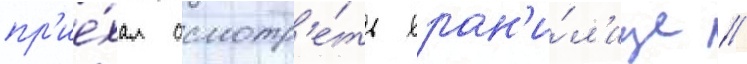
пр'ие́хал осмотр'е́ть хран'и́л'ище //